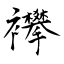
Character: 襻